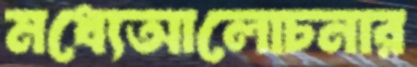
মধ্যেআলোচনার